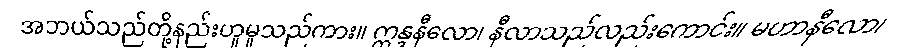
အဘယ်သည်တို့နည်းဟူမူသည်ကား။ ဣန္ဒနီလော၊ နီလာသည်လည်းကောင်း။ မဟာနီလော၊